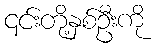
၎င်းတို့နှစ်ဦးကို